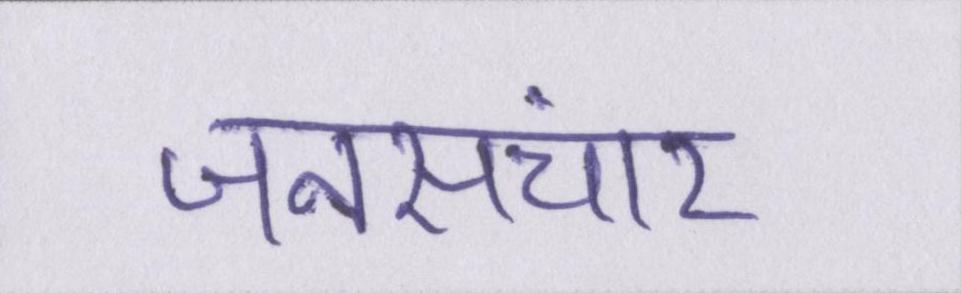
जनसंचार